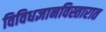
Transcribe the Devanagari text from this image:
विविधज्ञानविस्तारात